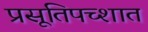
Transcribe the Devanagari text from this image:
प्रसूतिपच्शात